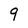
Character: 9